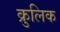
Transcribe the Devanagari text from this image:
क्रुलिक